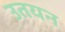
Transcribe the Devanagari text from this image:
उतयन